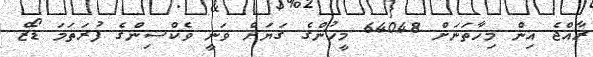
ރާއްޖެ އިން މިހާތަނަށް 64048 މީހުންގެ ގަޔަށް ވަނީ ވެކްސިންގެ ފުރަތަމަ ޑޯޒް